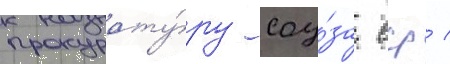
прокурату́ру соу́за сср /